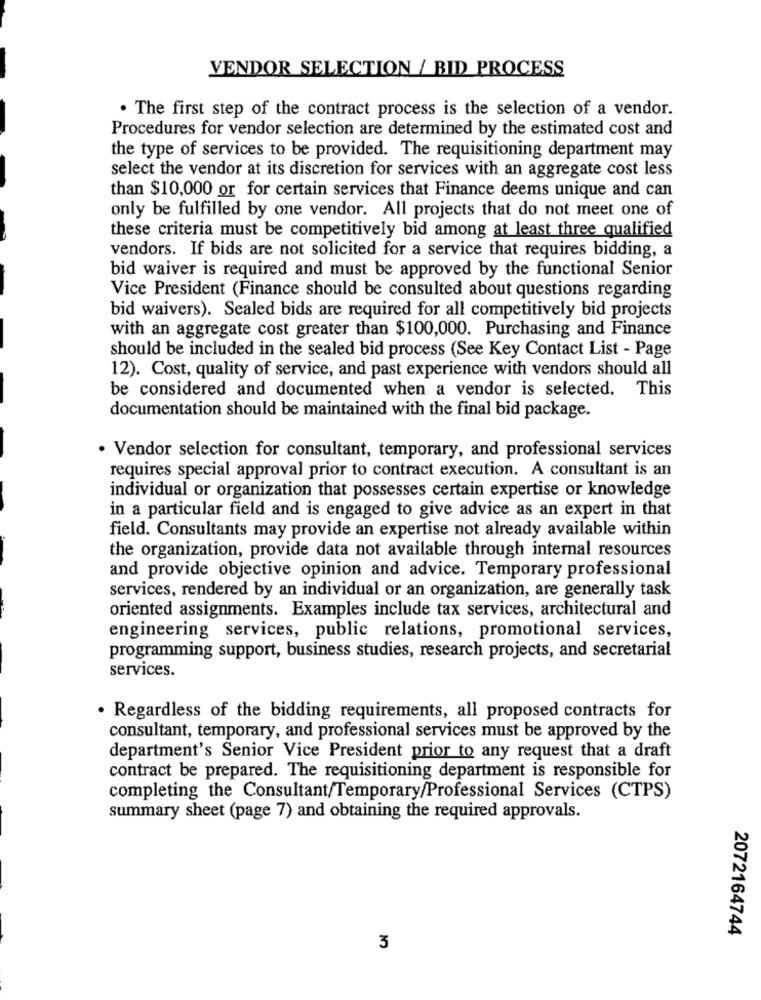
VENDOR SELECTION / BID PROCESS
. The first step of the contract process is the selection of a vendor.
Procedures for vendor selection are determined by the estimated cost and
the type of services to be provided. The requisitioning department may
select the vendor at its discretion for services with an aggregate cost less
than $10,000 or for certain services that Finance deems unique and can
only be fulfilled by one vendor. All projects that do not meet one of
these criteria must be competitively bid among at least three qualified
vendors. If bids are not solicited for a service that requires bidding, a
bid waiver is required and must be approved by the functional Senior
Vice President (Finance should be consulted about questions regarding
bid waivers). Sealed bids are required for all competitively bid projects
with an aggregate cost greater than $100,000. Purchasing and Finance
should be included in the sealed bid process (See Key Contact List - Page
12). Cost, quality of service, and past experience with vendors should all
be considered and documented when a vendor is selected. This
documentation should be maintained with the final bid package.
· Vendor selection for consultant, temporary, and professional services
requires special approval prior to contract execution. A consultant is an
individual or organization that possesses certain expertise or knowledge
in a particular field and is engaged to give advice as an expert in that
field. Consultants may provide an expertise not already available within
the organization, provide data not available through internal resources
and provide objective opinion and advice. Temporary professional
services, rendered by an individual or an organization, are generally task
oriented assignments. Examples include tax services, architectural and
engineering services, public relations, promotional services,
programming support, business studies, research projects, and secretarial
services.
. Regardless of the bidding requirements, all proposed contracts for
consultant, temporary, and professional services must be approved by the
department's Senior Vice President prior to any request that a draft
contract be prepared. The requisitioning department is responsible for
completing the Consultant/Temporary/Professional Services (CTPS)
summary sheet (page 7) and obtaining the required approvals.
2072164744
3